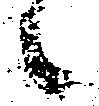
候